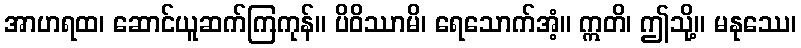
အာဟရထ၊ ဆောင်ယူဆက်ကြကုန်။ ပိဝိဿာမိ၊ ရေသောက်အံ့။ ဣတိ၊ ဤသို့။ မနုဿေ၊